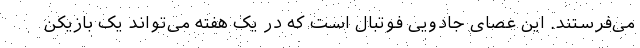
می‌فرستند. این عصای جادویی فوتبال است که در یک هفته می‌تواند یک بازیکن